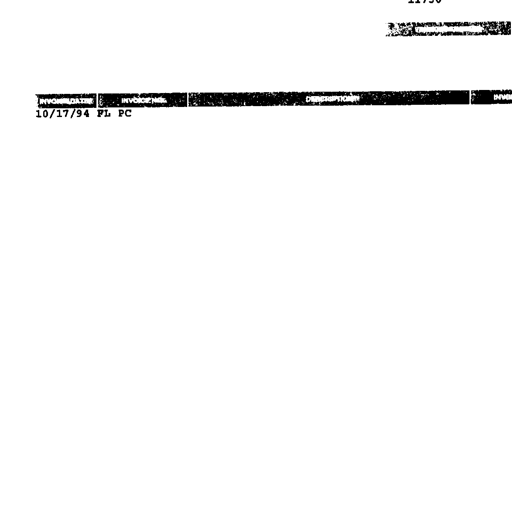
Transcript:
11750
INVOICE DATE INVOICE NO. DESCRIPTION INVOICE AMOUNT
10/17/94 FL PC